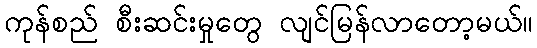
ကုန်စည် စီးဆင်းမှုတွေ လျင်မြန်လာတော့မယ်။